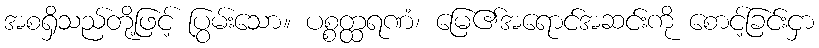
အစရှိသည်တို့ဖြင့် ပြွမ်းသော။ ပစ္စတ္ထရဏံ၊ မြေ၏အရောင်အဆင်းကို စောင့်ခြင်းငှာ